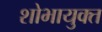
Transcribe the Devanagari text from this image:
शोभायुक्त